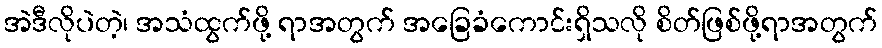
အဲဒီလိုပဲတဲ့၊ အသံထွက်ဖို့ ရာအတွက် အခြေခံကောင်းရှိသလို စိတ်ဖြစ်ဖို့ရာအတွက်